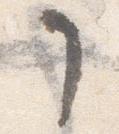
了